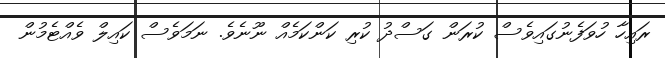
ރައިހާ ހުވަފެނުގައިވެސް ކުރަން ގަސްދު ކުރި ކަންކަމެއް ނޫނެވެ. ނަމަވެސް ކައިލް ވެއްޓެމުން